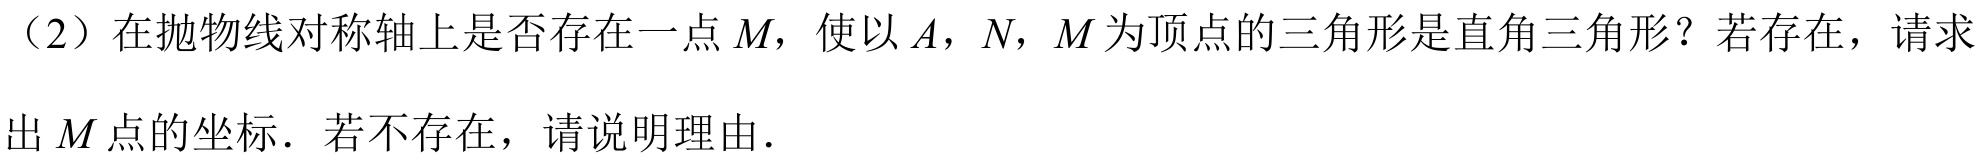
（2）在抛物线对称轴上是否存在一点\(M\)，使以\(A\)，\(N\)，\(M\)为顶点的三角形是直角三角形？若存在，请求出\(M\)点的坐标．若不存在，请说明理由．